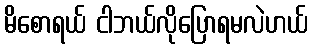
မိစောရယ် ငါဘယ်လိုပြောရမလဲဟယ်